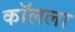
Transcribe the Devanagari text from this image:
कॉलला